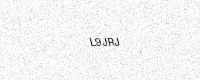
Text: L9JRJ